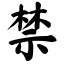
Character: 禁